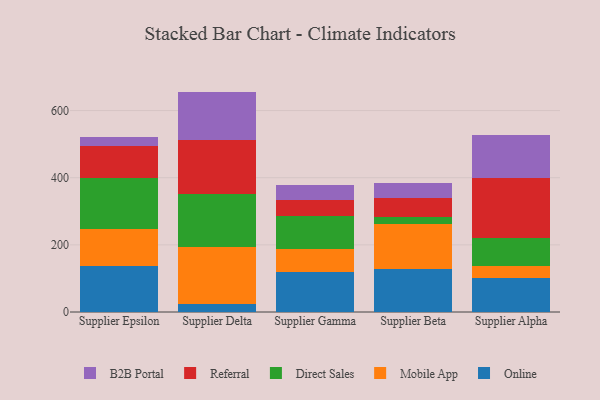
{"axis": {"x": "Supplier", "y": "Churn Rate (%)"}, "legend": ["B2B Portal", "Direct Sales", "Mobile App", "Online", "Referral"], "data": [{"x": "Supplier Epsilon", "y": 136.4, "type": "Online"}, {"x": "Supplier Epsilon", "y": 111.6, "type": "Mobile App"}, {"x": "Supplier Epsilon", "y": 151.4, "type": "Direct Sales"}, {"x": "Supplier Epsilon", "y": 96.3, "type": "Referral"}, {"x": "Supplier Epsilon", "y": 26.7, "type": "B2B Portal"}, {"x": "Supplier Delta", "y": 24.4, "type": "Online"}, {"x": "Supplier Delta", "y": 168.4, "type": "Mobile App"}, {"x": "Supplier Delta", "y": 159.9, "type": "Direct Sales"}, {"x": "Supplier Delta", "y": 161.0, "type": "Referral"}, {"x": "Supplier Delta", "y": 142.7, "type": "B2B Portal"}, {"x": "Supplier Gamma", "y": 119.1, "type": "Online"}, {"x": "Supplier Gamma", "y": 67.4, "type": "Mobile App"}, {"x": "Supplier Gamma", "y": 98.3, "type": "Direct Sales"}, {"x": "Supplier Gamma", "y": 47.5, "type": "Referral"}, {"x": "Supplier Gamma", "y": 47.4, "type": "B2B Portal"}, {"x": "Supplier Beta", "y": 129.3, "type": "Online"}, {"x": "Supplier Beta", "y": 132.4, "type": "Mobile App"}, {"x": "Supplier Beta", "y": 21.8, "type": "Direct Sales"}, {"x": "Supplier Beta", "y": 57.0, "type": "Referral"}, {"x": "Supplier Beta", "y": 43.8, "type": "B2B Portal"}, {"x": "Supplier Alpha", "y": 102.1, "type": "Online"}, {"x": "Supplier Alpha", "y": 34.5, "type": "Mobile App"}, {"x": "Supplier Alpha", "y": 83.4, "type": "Direct Sales"}, {"x": "Supplier Alpha", "y": 178.5, "type": "Referral"}, {"x": "Supplier Alpha", "y": 128.2, "type": "B2B Portal"}]}